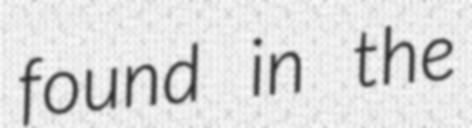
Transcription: found in the